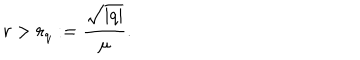
LaTeX: r > r _ { q } : = \frac { \sqrt { | q | } } { \mu } .